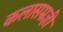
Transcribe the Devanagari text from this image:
कलासम्रज्ञी